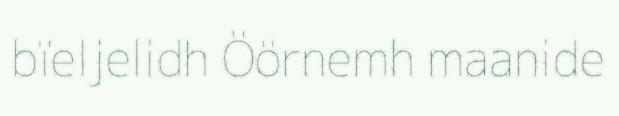
bïeljelidh Öörnemh maanide